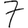
Digit: 7